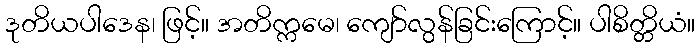
ဒုတိယပါဒေန၊ ဖြင့်။ အတိက္ကမေ၊ ကျော်လွန်ခြင်းကြောင့်။ ပါစိတ္တိယံ။